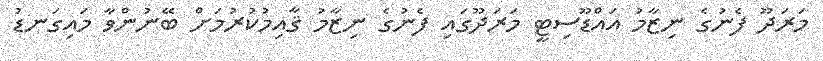
މަރަދޫ ފެނުގެ ނިޒާމު އައްޑޫސިޓީ މަރަދޫގައި ފެނުގެ ނިޒާމު ޤާއިމުކުރުމަށް ބޭނުންވާ މައިގަނޑު